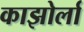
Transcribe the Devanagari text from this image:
काझोर्ला